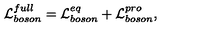
{ \cal L } _ { b o s o n } ^ { f u l l } = { \cal L } _ { b o s o n } ^ { e q } + { \cal L } _ { b o s o n } ^ { p r o } ,